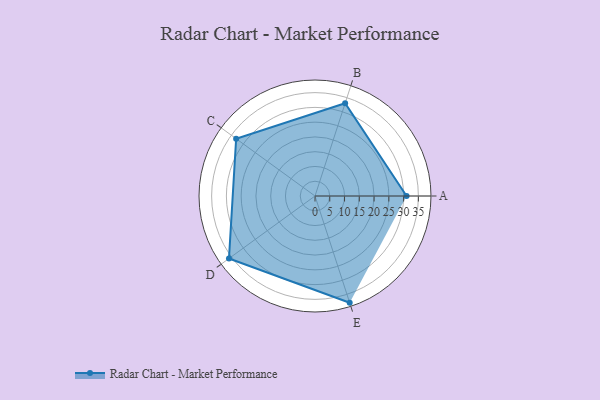
{"axis": {"x": "Skill", "y": "Score"}, "legend": ["Profile"], "data": [{"x": "A", "y": 31.0, "type": "Profile"}, {"x": "B", "y": 33.0, "type": "Profile"}, {"x": "C", "y": 33.0, "type": "Profile"}, {"x": "D", "y": 36.0, "type": "Profile"}, {"x": "E", "y": 38.0, "type": "Profile"}]}